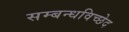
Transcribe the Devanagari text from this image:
सम्बन्धविच्छेद